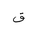
Letter: _qaf